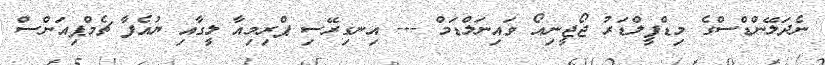
ނެދަލޭންޑްސްގެ މިޑްފީލްޑަރު ޖޯޖީނިއޯ ވައިނަލްޑަމް --- އިނގިރޭސި ޕްރިމިއާ ލީގާއި ޔުއެފާ ޗެމްޕިއަންސް